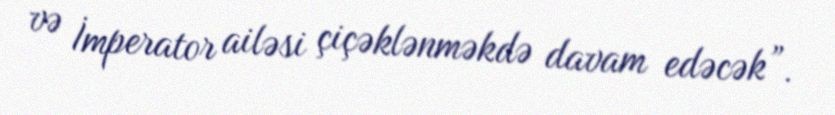
və İmperator ailəsi çiçəklənməkdə davam edəcək”.